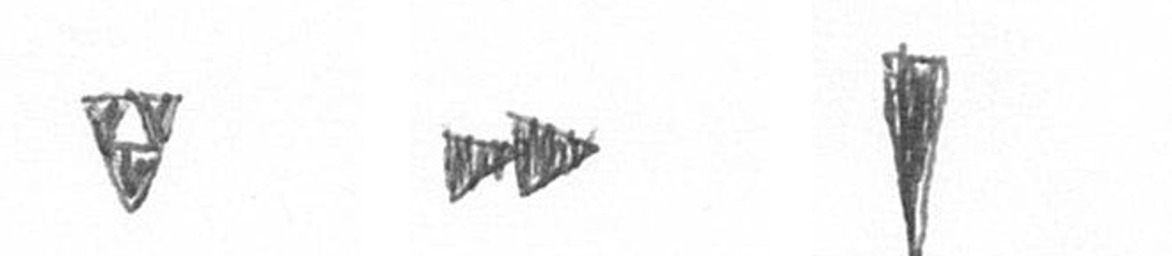
S A J